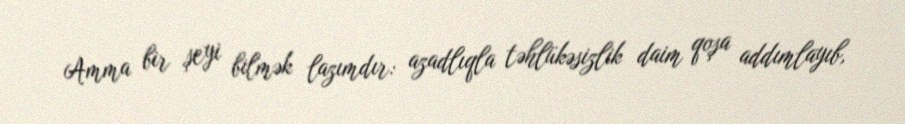
Amma bir şeyi bilmək lazımdır: azadlıqla təhlükəsizlik daim qoşa addımlayıb,